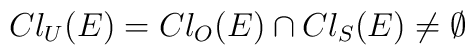
Cl_U (E) = Cl_O (E) \cap Cl_S (E) \ne \emptyset